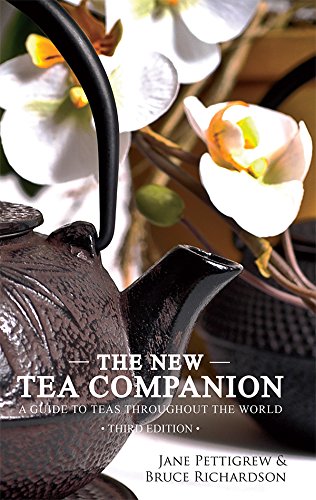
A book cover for The New Tea Companion Third Edition; Jane Pettigrew; Cookbooks, Food & Wine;